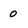
Character: 0